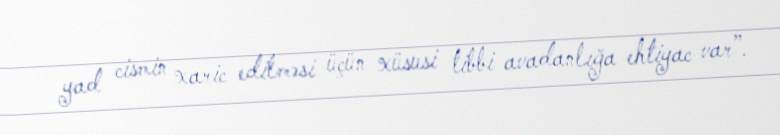
yad cismin xaric edilməsi üçün xüsusi tibbi avadanlığa ehtiyac var”.